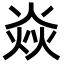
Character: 焱